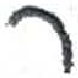
אות: ר